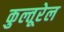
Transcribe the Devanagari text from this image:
कुल्तूरेल